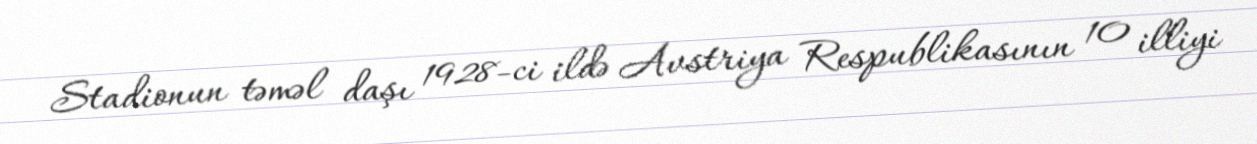
Stadionun təməl daşı 1928-ci ildə Avstriya Respublikasının 10 illiyi